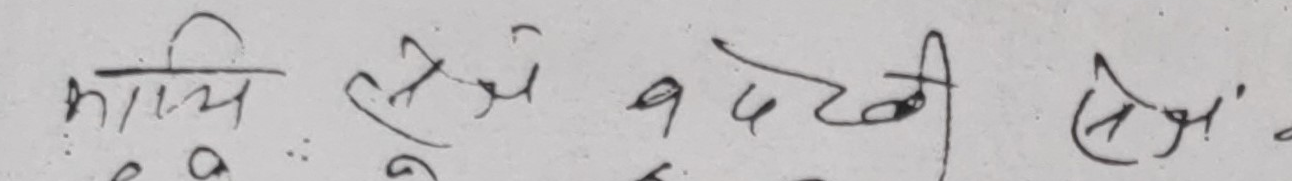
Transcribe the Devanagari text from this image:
काव्य क्षेत्र बढ्दै छ।